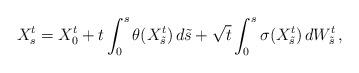
LaTeX: \begin{align*} X^t_s=X^t_0+t\int_0^s\theta(X^t_{\tilde s})\,d\tilde s+\sqrt{t}\int_0^s\sigma(X^t_{\tilde s})\,dW^t_{\tilde s}\,, \end{align*}